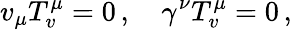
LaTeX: v_{\mu}T_{v}^{\mu}=0\, ,\quad\gamma^{\nu}T_{v}^{\mu}=0\, ,